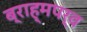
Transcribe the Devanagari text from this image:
ब्राह्मपर्व